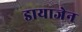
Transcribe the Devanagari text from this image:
डायाजेन